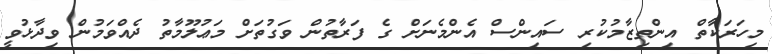
މިހަރަކާތް އިންތިޒާމުކުރި ސައިންސް އެންމެނަށް ގެ ފަރާތުން ވަގުތަށް މަޢުލޫމާތު ދެއްވަމުން ވިދާޅުވީ